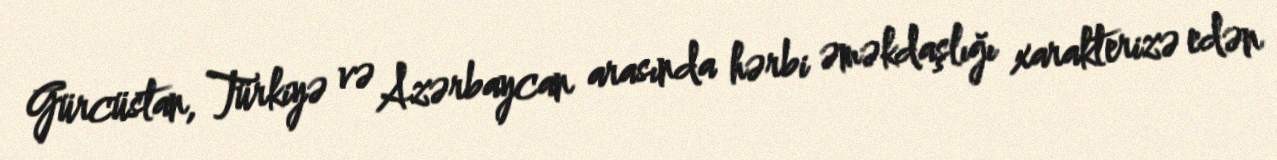
Gürcüstan, Türkiyə və Azərbaycan arasında hərbi əməkdaşlığı xarakterizə edən